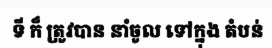
ទី ក៏ ត្រូវបាន នាំចូល ទៅក្នុង តំបន់